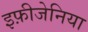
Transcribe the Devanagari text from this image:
इफ़ीजेनिया